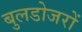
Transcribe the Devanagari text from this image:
बुलडोजरों